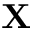
\mathbf { X }